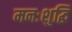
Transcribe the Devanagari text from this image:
मनःशुद्धिं